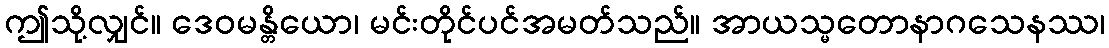
ဤသို့လျှင်။ ဒေဝမန္တိယော၊ မင်းတိုင်ပင်အမတ်သည်။ အာယသ္မတောနာဂသေနဿ၊